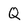
Character: Q